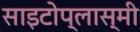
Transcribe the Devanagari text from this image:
साइटोप्लास्मी